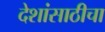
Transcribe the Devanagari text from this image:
देशांसाठीचा